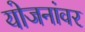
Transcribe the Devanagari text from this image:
योजनांवर